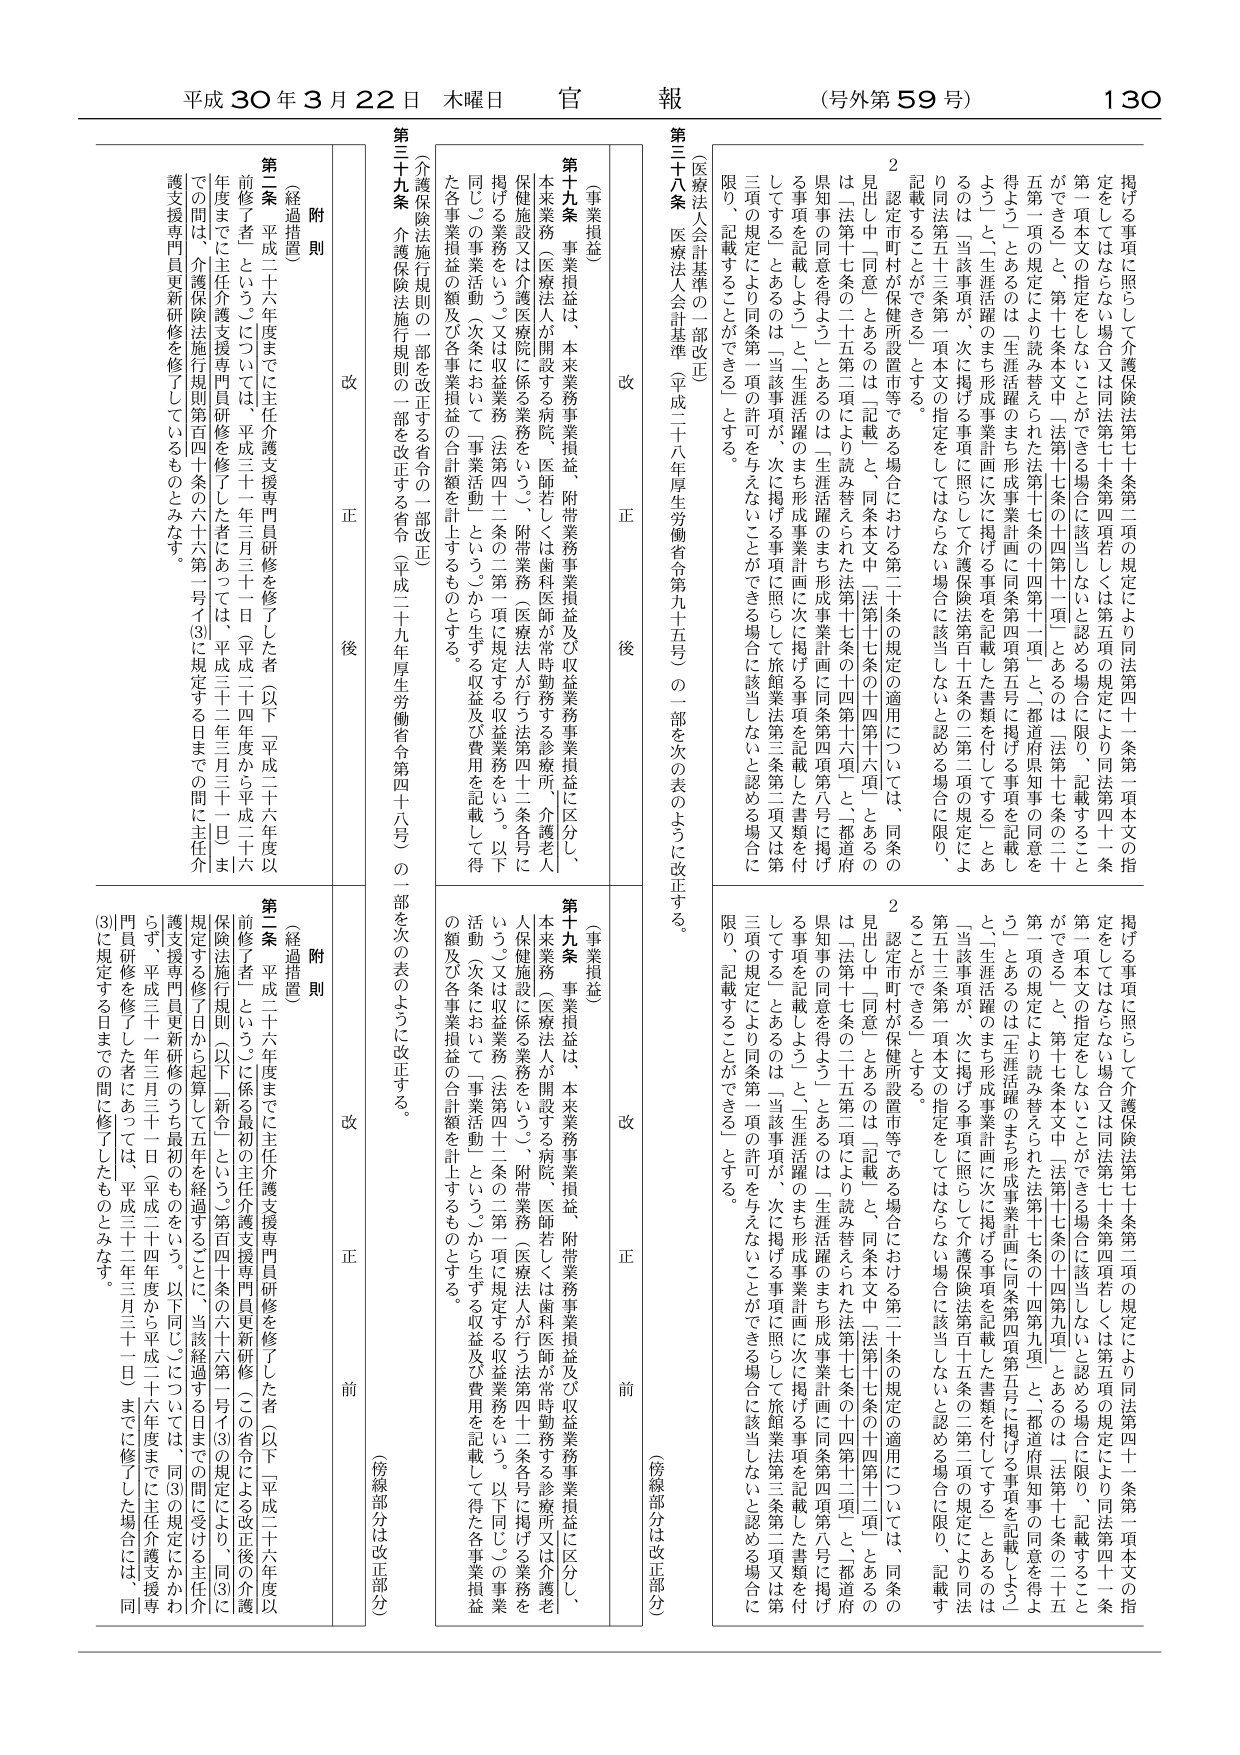
平成30年3月22日 木曜日 官報 (号外第59号) 130

掲げる事項に照らして介護保険法第七十条第二項の規定により同法第四十一条第一項本文の指定をしたはならない場合又は同法第七十条第四項若しくは第五項の規定により同法第四十一条第一項本文の指定をしたはならない場合に該当しないと認める場合には限り、記載することできる」と、第十七条本文中「法第十七条の十四第十一項」と、都道府県知事の同意を得よう」と、あるのは「生涯活躍のまち形成事業計画に同条第四項第五号に掲げる事項を記載しよう」と、生涯活躍のまち形成事業計画に次に掲げる事項を記載した書類を付してする」であるのは「当該事項が、次に掲げる事項に照らして介護保険法第百十五条の二第一項の規定により同法第五十三条第一項本文の指定をしたはならない場合に該当しないと認める場合に限り、記載することができる」とする。

2 認定市町村が保健所設置市等である場合における第二十条の規定の適用については、同条の見出し中「同意」とあるのは「記載」と、同条本文中「法第十七条の十四第十六項」とあるのは「法第十七条の二十五第二項により読み替えられた法第十七条の十四第十六項」と、都道府県知事の同意を得よう」と、あるのは「生涯活躍のまち形成事業計画に同条第四項第八号に掲げる事項を記載しよう」と、生涯活躍のまち形成事業計画に次に掲げる事項を記載した書類を付してする」であるのは「当該事項が、次に掲げる事項に照らして旅館業法第三条第二項又は第三項の規定により同条第一項の許可を与えないことができる場合に該当しないと認める場合に限り、記載することができる」とする。

（医療法人会計基準の一部改正）
第三十八条 医療法人会計基準（平成二十八年厚生労働省令第九十五号）の一部を次の表のように改正する。

（事業損益）
第十九条 事業損益は、本来業務事業損益、附帯業務事業損益及び収益業務事業損益に区分し、本来業務（医療法人が開設する病院、医師若しくは歯科医師が常時勤務する診療所、介護老人保健施設又は介護医療院に係る業務をいう。）、附帯業務（医療法人が行う法第四十二条各号に掲げる業務をいう。）又は収益業務（法第四十二条の二第一項に規定する収益業務をいう。以下同じ。）の事業活動（次条において「事業活動」という。）から生ずる収益及び費用を記載して得た各事業損益の額及び各事業損益の合計額を計上するものとする。

（介護保険法施行規則の一部を改正する省令の一部改正）
第三十九条 介護保険法施行規則の一部を改正する省令（平成二十九年厚生労働省令第四十八号）の一部を次の表のように改正する。

（附則）
第二条 平成二十六年度までに主任介護支援専門員研修を修了した者（以下「平成二十六年度以前修了者」という。）については、平成三十一年三月三十一日（平成二十四年度から平成二十六年度までに主任介護支援専門員研修を修了した者にあっては、平成三十二年三月三十一日）まで の間は、介護保険法施行規則第百四十六条の六第二号イ(3)に規定する主任介護支援専門員更新研修を修了しているものとみなす。

（経過措置）
第二条 平成二十六年度までに主任介護支援専門員研修を修了した者（以下「平成二十六年度以前修了者」という。）に係る最初の主任介護支援専門員更新研修（この省令による改正後の介護保険法施行規則（以下「新令」という。）第百四十六条の六第二号イ(3)の規定により、同(3)に規定する修了日から起算して五年を経過する日までに受けた主任介護支援専門員更新研修のうち最初のものをいう。以下同じ。）については、同(3)の規定にかかわらず、平成三十一年三月三十一日（平成二十四年度から平成二十六年度までに主任介護支援専門員研修を修了した者にあっては、平成三十二年三月三十一日）までに修了した場合には、同(3)に規定する日までの間に修了したものとみなす。

（傍線部分は改正部分）

改 正 後
改 正 前

（事業損益）
第十九条 事業損益は、本来業務事業損益、附帯業務事業損益及び収益業務事業損益に区分し、本来業務（医療法人が開設する病院、医師若しくは歯科医師が常時勤務する診療所又は介護老人保健施設に係る業務をいう。）、附帯業務（医療法人が行う法第四十二条各号に掲げる業務をいう。）又は収益業務（法第四十二条の二第一項に規定する収益業務をいう。以下同じ。）の事業活動（次条において「事業活動」という。）から生ずる収益及び費用を記載して得た各事業損益の額及び各事業損益の合計額を計上するものとする。

（傍線部分は改正部分）